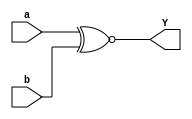
module xnor_data(a,b,Y);
input a,b;
output Y;
assign Y=a~^b;
endmodule